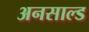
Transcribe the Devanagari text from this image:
अनसाल्ड